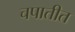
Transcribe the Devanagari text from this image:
चपातीत